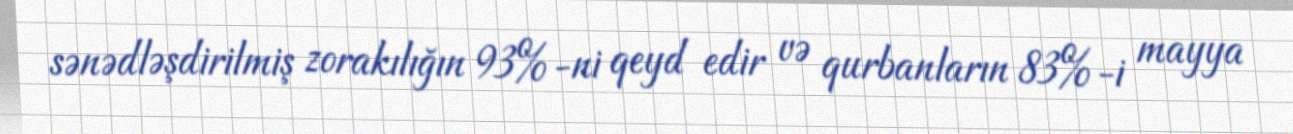
sənədləşdirilmiş zorakılığın 93%-ni qeyd edir və qurbanların 83%-i mayya